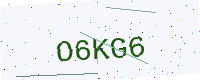
Text: O6KG6